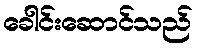
ခေါင်းဆောင်သည်